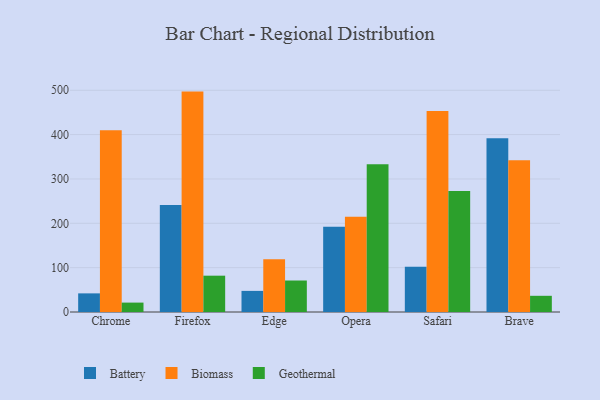
{"axis": {"x": "Browser", "y": "LTV (USD)"}, "legend": ["Battery", "Biomass", "Geothermal"], "data": [{"x": "Chrome", "y": 42.0, "type": "Battery"}, {"x": "Chrome", "y": 409.9, "type": "Biomass"}, {"x": "Chrome", "y": 21.2, "type": "Geothermal"}, {"x": "Firefox", "y": 241.5, "type": "Battery"}, {"x": "Firefox", "y": 497.0, "type": "Biomass"}, {"x": "Firefox", "y": 81.9, "type": "Geothermal"}, {"x": "Edge", "y": 47.6, "type": "Battery"}, {"x": "Edge", "y": 119.0, "type": "Biomass"}, {"x": "Edge", "y": 71.0, "type": "Geothermal"}, {"x": "Opera", "y": 192.5, "type": "Battery"}, {"x": "Opera", "y": 214.9, "type": "Biomass"}, {"x": "Opera", "y": 333.2, "type": "Geothermal"}, {"x": "Safari", "y": 102.2, "type": "Battery"}, {"x": "Safari", "y": 453.0, "type": "Biomass"}, {"x": "Safari", "y": 273.0, "type": "Geothermal"}, {"x": "Brave", "y": 391.8, "type": "Battery"}, {"x": "Brave", "y": 342.3, "type": "Biomass"}, {"x": "Brave", "y": 36.5, "type": "Geothermal"}]}